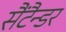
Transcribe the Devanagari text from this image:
सैंटैन्डर